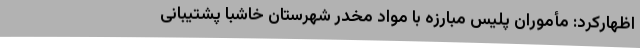
اظهارکرد: مأموران پلیس مبارزه با مواد مخدر شهرستان خاشبا پشتیبانی